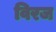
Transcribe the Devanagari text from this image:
विरज